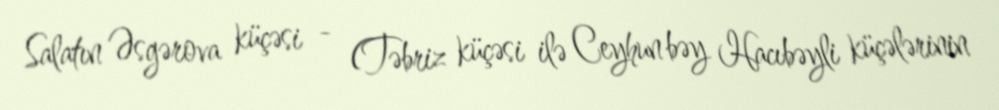
Salatın Əsgərova küçəsi - (Təbriz küçəsi ilə Ceyhun bəy Hacıbəyli küçələrinin